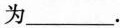
为___。